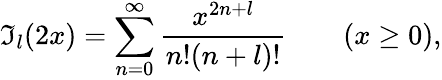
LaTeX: \mathfrak{I}_{l}(2x)=\displaystyle\sum_{n=0}^{\infty}\frac{x^{2n+l}}{n!(n+l)!}\qquad(x\geq 0),